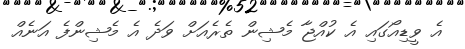
އެ ވީޑިއޯގައި އެ ކުއްޖާ މެޝިން ތެރެއަށް ވަދެ އެ މެޝިންފެ އަނެއް